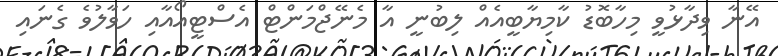
އޭނާ ވިދާޅުވީ މިހާބޮޑު ކާމިޔާބީއެއް ލިބުނީ އާ މެނޭޖްމަންޓް އެސްޓީއޯއާއި ހަވާލުވެ ގެނައި